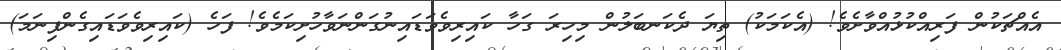
އެއްޗަކުން ފަރިއްކުޅުއްވާށެވެ! (އެކަމަކު) ތިޔަ ދެކަނބަލުން މިހިރަ ގަހާ ކައިރިވެވަޑައިނުގަންނަވާހުށިކަމެވެ! ފަހެ (ކައިރިވެވަޑައިގެންފިނަމަ)